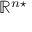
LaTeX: \mathbb { R } ^ { n \star }